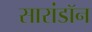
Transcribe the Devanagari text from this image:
सारांडॉन